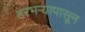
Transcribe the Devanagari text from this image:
हरभऱ्यापासून